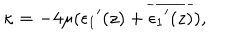
\kappa = - 4 \mu ( { \epsilon _ { 1 } } ^ { \prime } ( z ) + \overline { { { { \epsilon _ { 1 } } ^ { \prime } ( z ) } } } ) ,